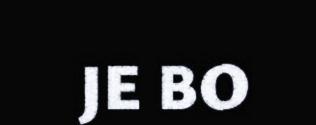
JE BO